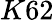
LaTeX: K62